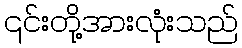
၎င်းတို့အားလုံးသည်